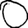
Digit: 0